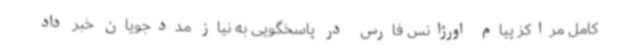
کامل مراکز پیام اورژانس فارس در پاسخگویی به نیاز مددجویان خبر داد